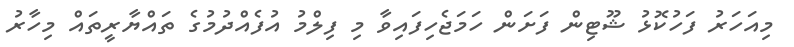
މިއަހަރު ފަހުކޮޅު ޝޫޓިން ފަށަން ހަމަޖެހިފައިވާ މި ފިލްމު އުފެއްދުމުގެ ތައްޔާރީތައް މިހާރު